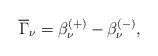
LaTeX: \begin{align*}\overline{\Gamma} _\nu =\beta _\nu ^{(+)}-\beta _\nu ^{(-)} , \end{align*}